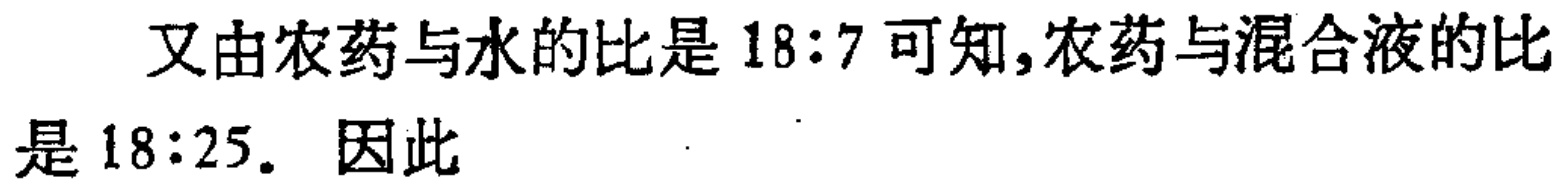
又由农药与水的比是\(18:7\)可知,农药与混合液的比是\(18:25\). 因此